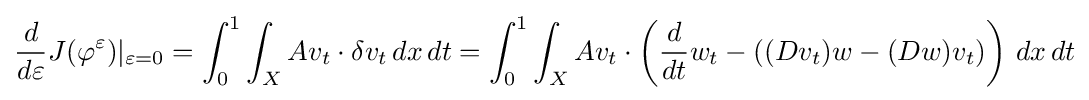
{\frac {d}{d\varepsilon }}J(\varphi ^{\varepsilon })|_{\varepsilon =0}=\int _{0}^{1}\int _{X}Av_{t}\cdot \delta v_{t}\,dx\,dt=\int _{0}^{1}\int _{X}Av_{t}\cdot \left({\frac {d}{dt}}w_{t}-((Dv_{t})w-(Dw)v_{t})\right)\,dx\,dt